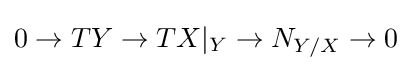
0\to TY\to TX|_{Y}\to N_{Y/X}\to 0